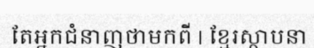
តែអ្នកជំនាញថាមកពី | ខ្មែរស្ថាបនា